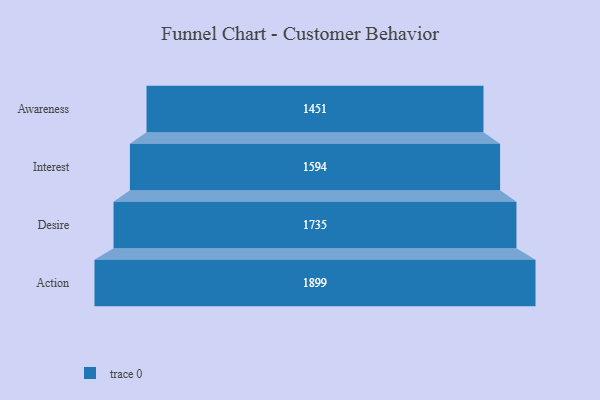
{"axis": {"x": "Stage", "y": "Value"}, "legend": [""], "data": [{"x": "Awareness", "y": 1451.0, "type": ""}, {"x": "Interest", "y": 1594.0, "type": ""}, {"x": "Desire", "y": 1735.0, "type": ""}, {"x": "Action", "y": 1899.0, "type": ""}]}